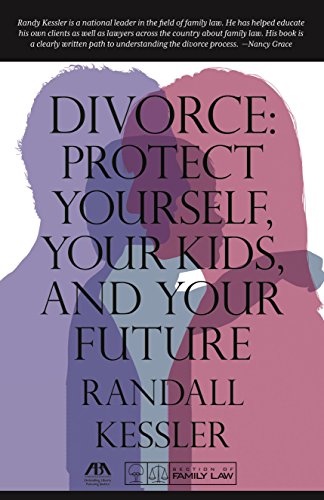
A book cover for Divorce: Protect Yourself, Your Kids, and Your Future; Randall Kessler; Law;